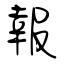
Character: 報